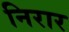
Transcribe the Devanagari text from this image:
निरार